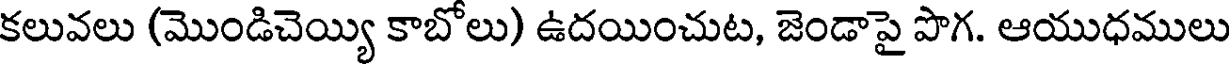
కలువలు (మొండిచెయ్యి కాబోలు) ఉదయించుట, జెండాపై పొగ. ఆయుధములు